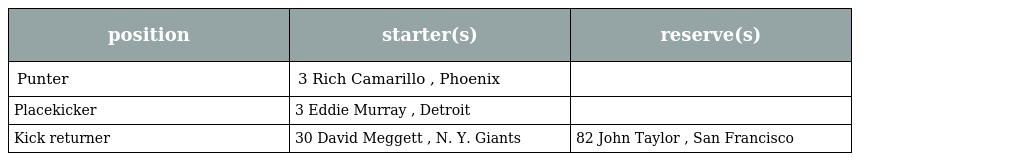
| position | starter(s) | reserve(s) |
 | --- | --- | --- |
 | Punter | 3 Rich Camarillo , Phoenix |  |
 | Placekicker | 3 Eddie Murray , Detroit |  |
 | Kick returner | 30 David Meggett , N. Y. Giants | 82 John Taylor , San Francisco |